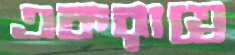
একরাত্রে